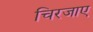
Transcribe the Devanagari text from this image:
चिरजाए